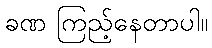
ခဏ ကြည့်နေတာပါ။